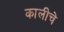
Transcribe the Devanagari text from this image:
कालीचे